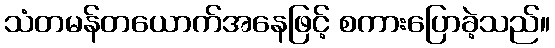
သံတမန်တယောက်အနေဖြင့် စကားပြောခဲ့သည်။